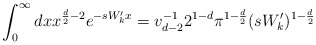
\begin{align*}\int^\infty_0dxx^{\frac{d}{2}-2}e^{-sW_k'x}=v^{-1}_{d-2}2^{1-d}\pi^{1-\frac{d}{2}}(sW_k')^{1-\frac{d}{2}}\end{align*}